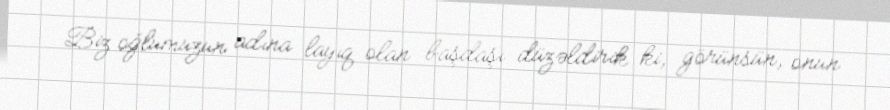
Biz oğlumuzun adına layıq olan başdaşı düzəldirik ki, görünsün, onun